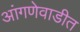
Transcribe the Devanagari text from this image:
आंगणेवाडीत